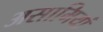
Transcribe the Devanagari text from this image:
असामियां